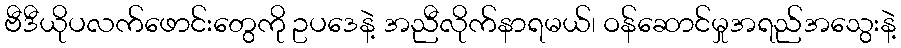
ဗီဒီယိုပလက်ဖောင်းတွေကို ဥပဒေနဲ့ အညီလိုက်နာရမယ်၊ ဝန်ဆောင်မှုအရည်အသွေးနဲ့